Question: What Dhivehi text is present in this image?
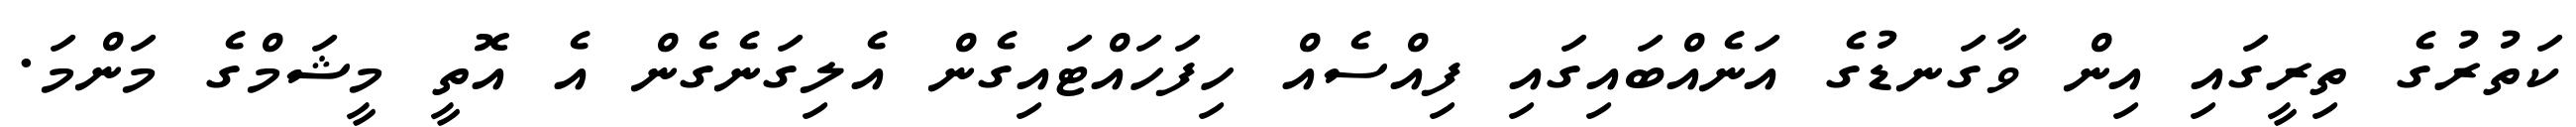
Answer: ކަތުރުގެ ތިރީގައި އިން ވާގަނޑުގެ އަނެއްބައިގައި ފިއްސެއް ހިފަހައްޓައިގެން އެލިގަނެގެން އެ އޮތީ މީޝަމްގެ މަންމަ.